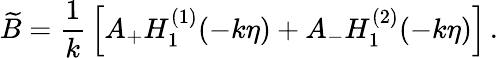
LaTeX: \widetilde{B}={\frac{1}{k}}\left[A_{+}H_{1}^{(1)}(-k\eta)+A_{-}H_{1}^{(2)}(-k\eta)\right]\, .